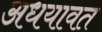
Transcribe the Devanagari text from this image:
अधयावत